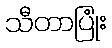
သီတာပြုံး